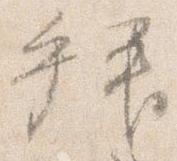
拝